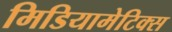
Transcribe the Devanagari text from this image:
मिडियामेटिक्स